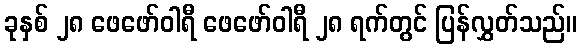
ခုနှစ် ၂၈ ဖေဖော်ဝါရီ ဖေဖော်ဝါရီ ၂၈ ရက်တွင် ပြန်လွှတ်သည်။